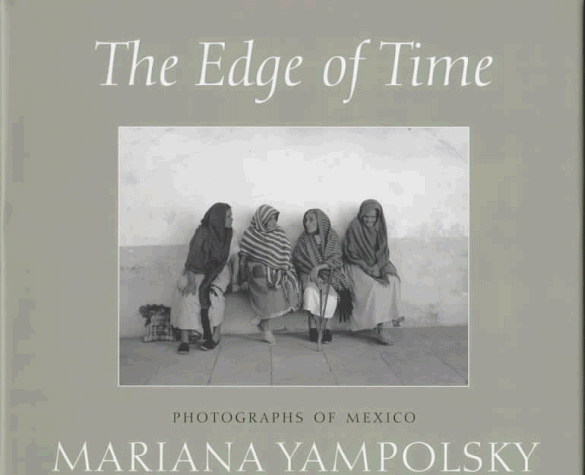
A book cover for The Edge of Time: Photographs of Mexico by Mariana Yampolsky (Wittliff Gallery); Mariana Yampolsky; Travel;